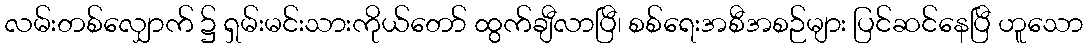
လမ်းတစ်လျှောက် ၌ ရှမ်းမင်းသားကိုယ်တော် ထွက်ချီလာပြီ၊ စစ်ရေးအစီအစဉ်များ ပြင်ဆင်နေပြီ ဟူသော